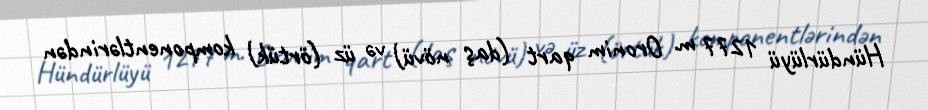
Hündürlüyü 1277 m. Oronim qart (daş növü) və üz (örtük) komponentlərindən